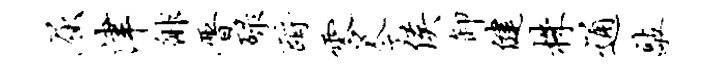
屈津徘晋碌酹零今侯卸健株通敲